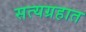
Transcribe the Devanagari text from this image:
सत्यग्रहात